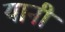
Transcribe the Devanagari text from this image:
यानी